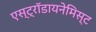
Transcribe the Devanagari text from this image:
एस्ट्राॅडायनेमिस्ट